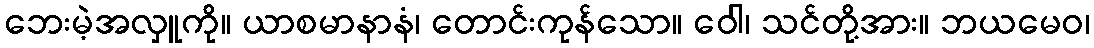
ဘေးမဲ့အလှူကို။ ယာစမာနာနံ၊ တောင်းကုန်သော။ ဝေါ၊ သင်တို့အား။ ဘယမေဝ၊